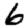
Digit: 6